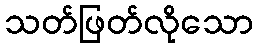
သတ်ဖြတ်လိုသော